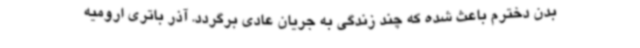
بدن دخترم باعث شده که چند زندگی به جریان عادی برگردد. آذر باتری ارومیه